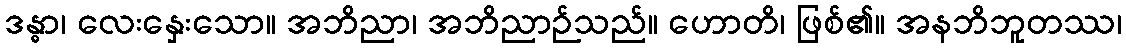
ဒန္ဓာ၊ လေးနှေးသော။ အဘိညာ၊ အဘိညာဉ်သည်။ ဟောတိ၊ ဖြစ်၏။ အနဘိဘူတဿ၊